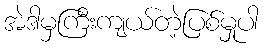
အဲဒါမှကြီးကျယ်တဲ့ပြစ်မှုပါ